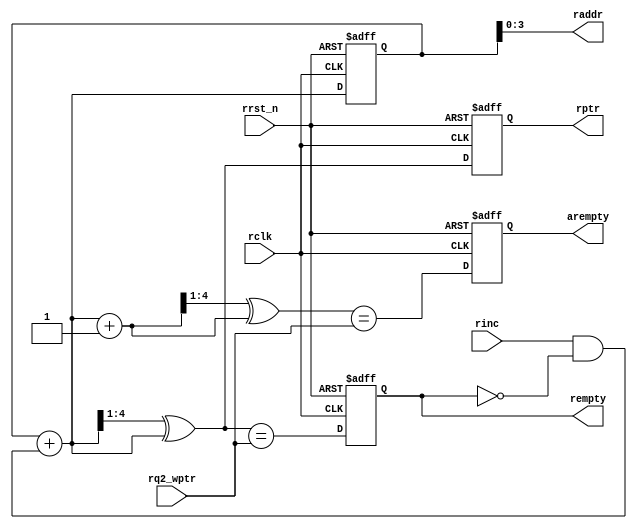
// distributed under the mit license
// https://opensource.org/licenses/mit-license.php

`timescale 1 ns / 1 ps
`default_nettype none

module rptr_empty

    #(
    parameter ADDRSIZE = 4
    )(
    input  wire                rclk,
    input  wire                rrst_n,
    input  wire                rinc,
    input  wire [ADDRSIZE  :0] rq2_wptr,
    output reg                 rempty,
    output reg                 arempty,
    output wire [ADDRSIZE-1:0] raddr,
    output reg  [ADDRSIZE  :0] rptr
    );

    reg  [ADDRSIZE:0] rbin;
    wire [ADDRSIZE:0] rgraynext, rbinnext, rgraynextm1;
    wire              arempty_val, rempty_val;

    //-------------------
    // GRAYSTYLE2 pointer
    //-------------------
    always @(posedge rclk or negedge rrst_n) begin

        if (!rrst_n)
            {rbin, rptr} <= 0;
        else
            {rbin, rptr} <= {rbinnext, rgraynext};

    end

    // Memory read-address pointer (okay to use binary to address memory)
    assign raddr     = rbin[ADDRSIZE-1:0];
    assign rbinnext  = rbin + (rinc & ~rempty);
    assign rgraynext = (rbinnext >> 1) ^ rbinnext;
    assign rgraynextm1 = ((rbinnext + 1'b1) >> 1) ^ (rbinnext + 1'b1);

    //---------------------------------------------------------------
    // FIFO empty when the next rptr == synchronized wptr or on reset
    //---------------------------------------------------------------
    assign rempty_val = (rgraynext == rq2_wptr);
    assign arempty_val = (rgraynextm1 == rq2_wptr);

    always @ (posedge rclk or negedge rrst_n) begin

        if (!rrst_n) begin
            arempty <= 1'b0;
            rempty <= 1'b1;
        end
        else begin
            arempty <= arempty_val;
            rempty <= rempty_val;
        end

    end

endmodule

`resetall